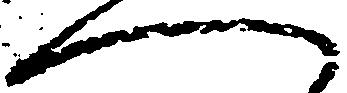
へ